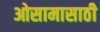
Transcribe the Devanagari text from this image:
ओसामासाठी